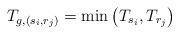
LaTeX: \begin{align*}T_{g,(s_i,r_j)}= \min \left( T_{s_i}, T_{r_j} \right)\end{align*}